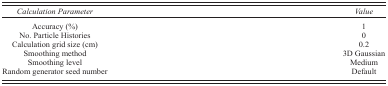
<table><thead><tr><td><b><i>Calculation Parameter</i></b></td><td><b><i>Value</i></b></td></tr></thead><tbody><tr><td>Accuracy (%)</td><td>1</td></tr><tr><td>No. Particle Histories</td><td>0</td></tr><tr><td>Calculation grid size (cm)</td><td>0.2</td></tr><tr><td>Smoothing method</td><td>3D Gaussian</td></tr><tr><td>Smoothing level</td><td>Medium</td></tr><tr><td>Random generator seed number</td><td>Default</td></tr></tbody></table>